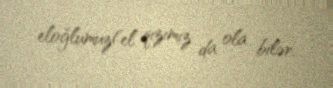
eloğlumuz(el qızımız da ola bilər.